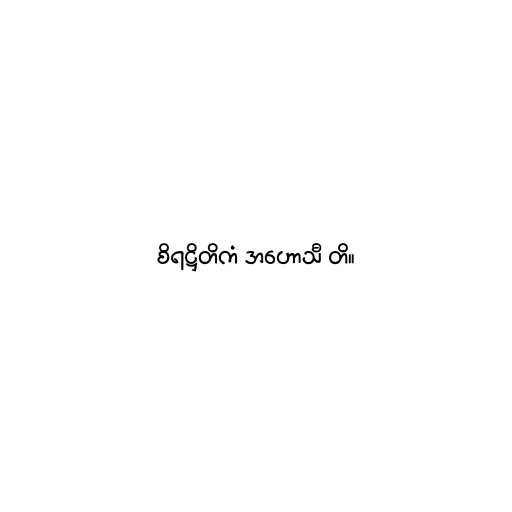
စိရဋ္ဌိတိကံ အဟောသီ တိ။